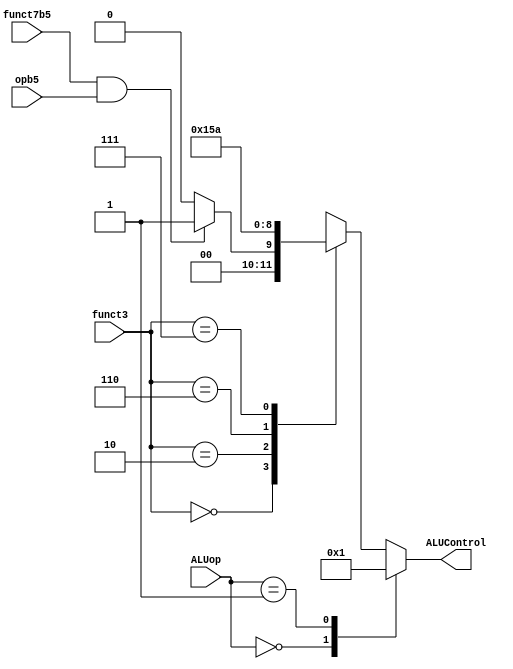
`timescale 1ns / 1ps
//////////////////////////////////////////////////////////////////////////////////
// Company: 
// Engineer: 
// 
// Design Name: 
// Module Name: alu_decoder
// Project Name: 
// Target Devices: 
// Tool Versions: 
// Description: 
// 
// Dependencies: 
// 
// Revision:
// Revision 0.01 - File Created
// Additional Comments:
// 
//////////////////////////////////////////////////////////////////////////////////


module alu_decoder(
input opb5,
input [2:0] funct3,
input funct7b5,
input [1:0] ALUop,
output reg [2:0] ALUControl
);

always @(*) begin
case(ALUop)
2'b00: ALUControl=3'b000; //addition
2'b01: ALUControl=3'b001; //subtraction
default: case(funct3) //Rtype or I type ALU
    3'b000: if(funct7b5 & opb5) ALUControl=3'b001; //RtypeSub
            else ALUControl=3'b000; //add, addi
    3'b010: ALUControl = 3'b101; // slt, slti
    3'b110: ALUControl = 3'b011; // or, ori
    3'b111: ALUControl = 3'b010; // and, andi
    default: ALUControl = 3'bxxx; // ???
endcase
endcase
end
endmodule